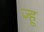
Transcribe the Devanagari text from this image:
ज्हू